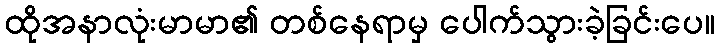
ထိုအနာလုံးမာမာ၏ တစ်နေရာမှ ပေါက်သွားခဲ့ခြင်းပေ။